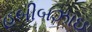
હબીબઝાઇ